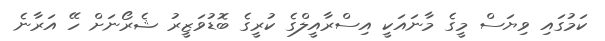
ކަމުގައި ވިޔަސް މީގެ މާނައަކީ އިސްރާއީލްގެ ކުރީގެ ބޮޑުވަޒީރު ޝެރޯނަށް ހޭ އަރާނެ